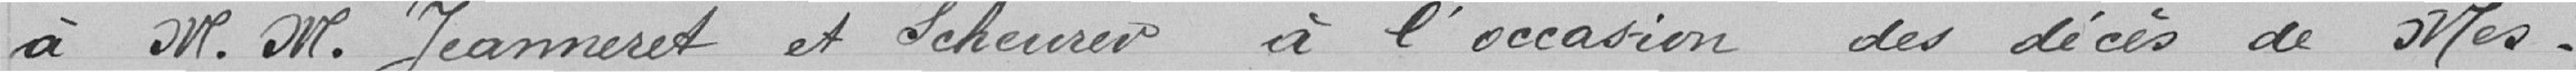
à Messieurs Jeanneret et Scheurer à l'occasion des décès des mes-